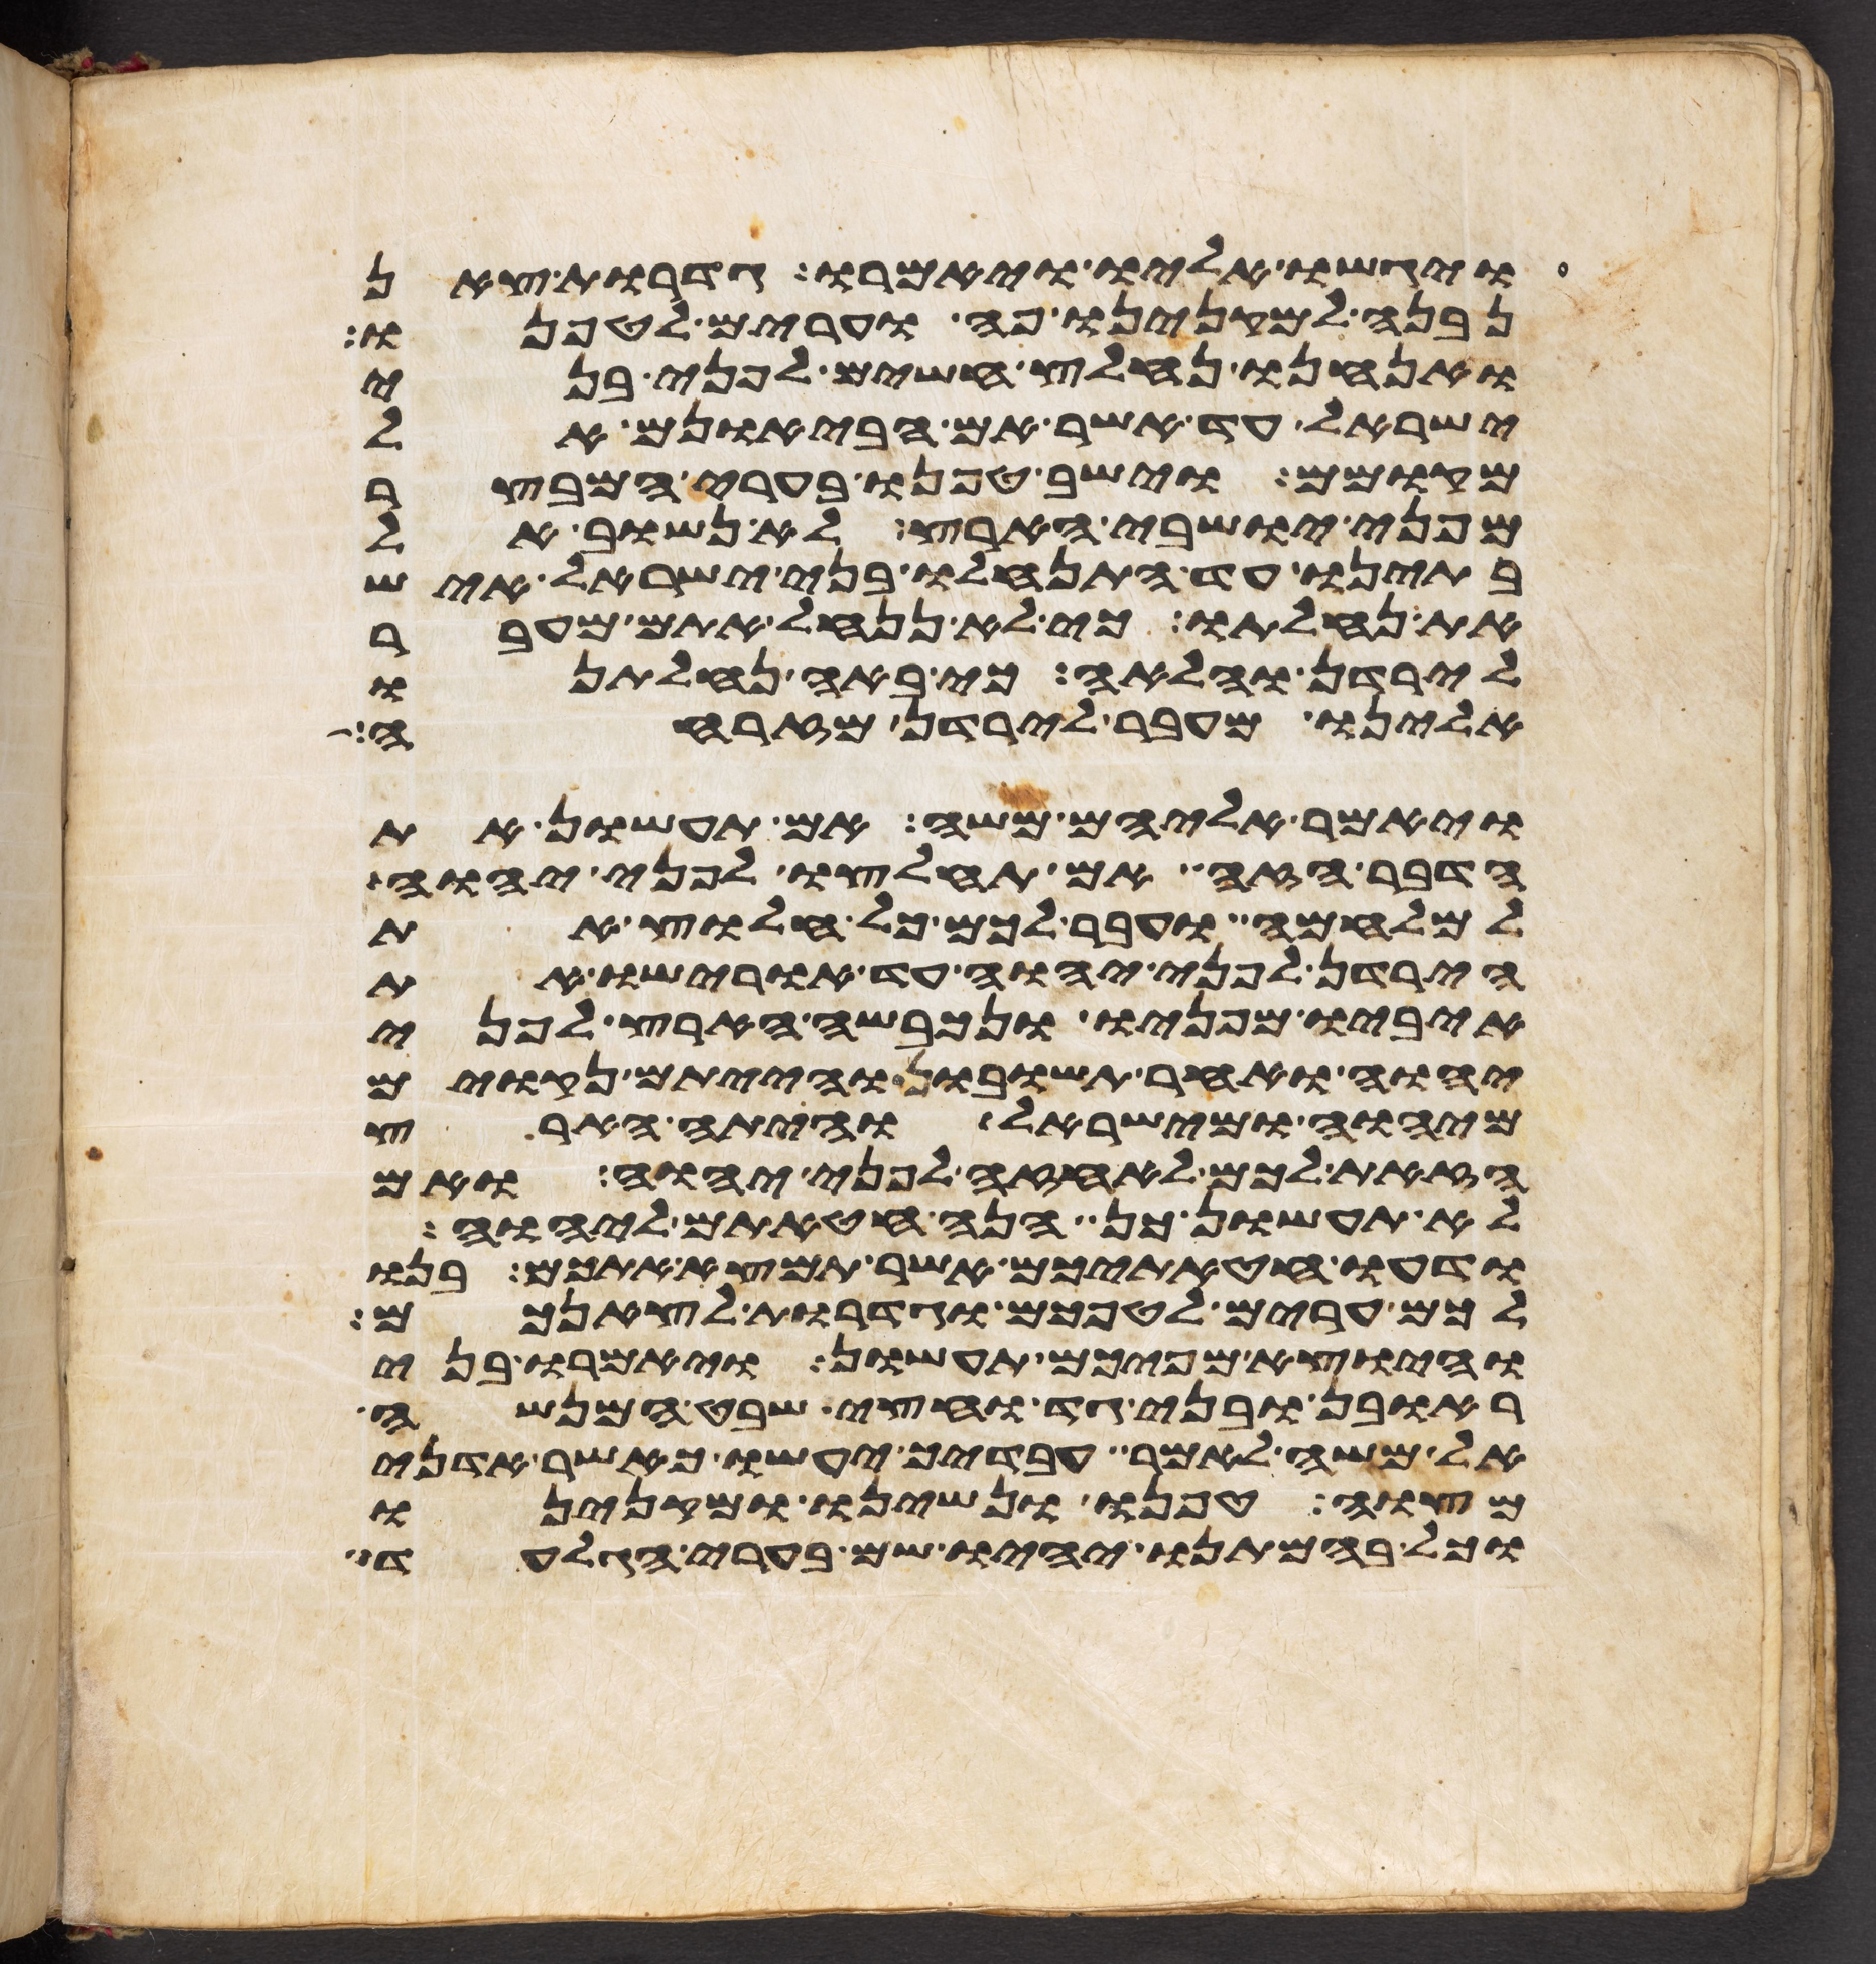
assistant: ויגשו אליו ויאמרו גדרות צאן
נבנה למקנינו פה וערים לטפנו
ואנחנו נחלץ חשים לפני בני
ישראל עד אשר אם הבאנום אל
מקומם וישב טפנו בערי המבצר
מפני ישבי הארץ לא נשוב אל
בתינו עד התנחלו בני ישראל איש
את נחלתו כי לא ננחל אתם מעבר
לירדן והלאה כי באה נחלתנו
אלינו מעבר לירדן מזרחה
ויאמר אליהם משה אם תעשון את
הדבר הזה ואם תחלצו לפני יהוה
למלחמה ועבר לכם כל חלוץ את
הירדן לפני יהוה עד אורישו את
איביו מפניו ונכבשה הארץ לפני
יהוה ואחר תשובון והייתם נקואים
מיהוה ומישראל והיתה הארץ
הזאת לכם לאחזה לפני יהוה ואם
לא תעשון כן הנה חטאתם ליהוה
ודעו חטאתיכם אשר תמצא אתכם בנו
לכם ערים לטפכם וגדרות לצאנכם
והיוצא מפיכם תעשון ויאמרו בני
ראובן ובני גד וחצי שבט המנשה
אל משה לאמר עבדיך יעשו כאשר אדני
מצוה טפנו ונשינו ומקנינו
וכל בהמתנו יהיו שם בערי הגלעד